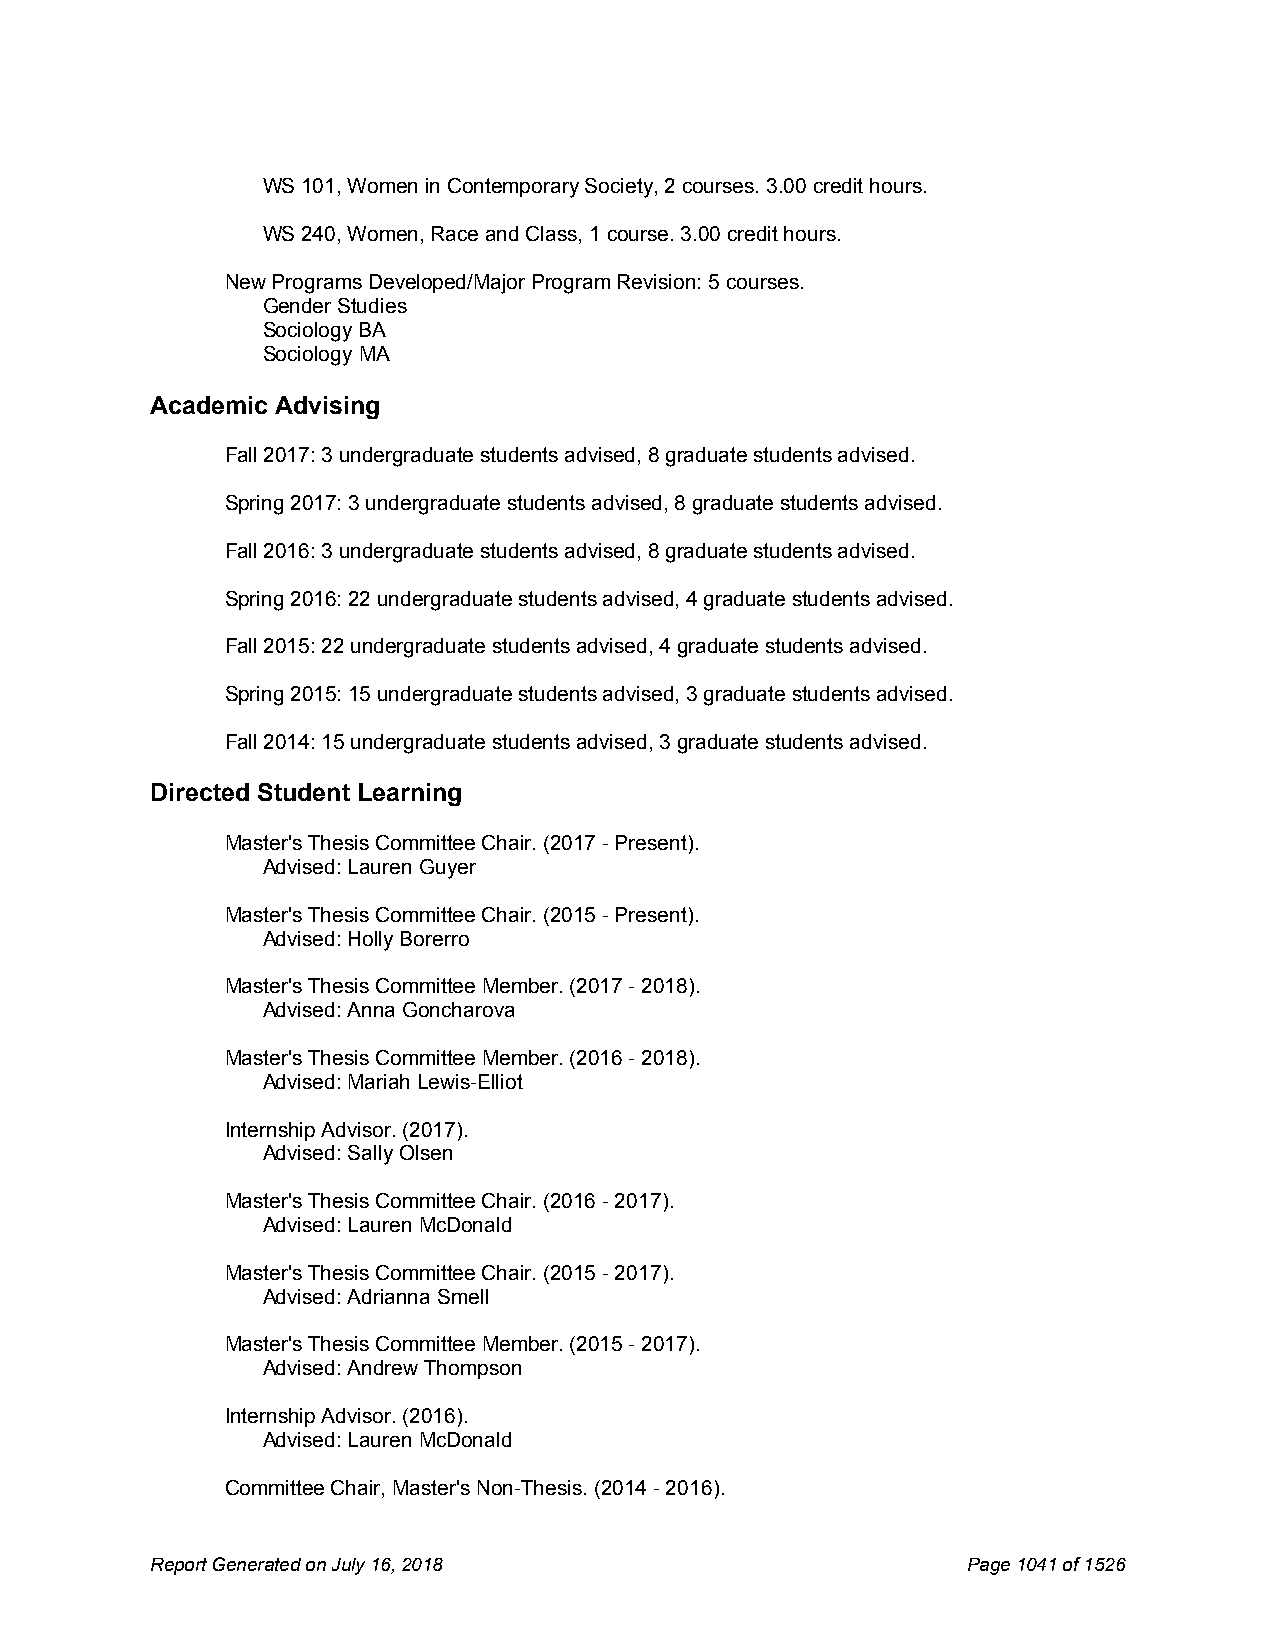
WS 101, Women in Contemporary Society, 2 courses. 3.00 credit hours.
 WS 240, Women, Race and Class, 1 course. 3.00 credit hours.
 New Programs Developed/Major Program Revision: 5 courses.
 Gender Studies
 Sociology BA
 Sociology MA
 Academic Advising
 Fall 2017: 3 undergraduate students advised, 8 graduate students advised.
 Spring 2017: 3 undergraduate students advised, 8 graduate students advised.
 Fall 2016: 3 undergraduate students advised, 8 graduate students advised.
 Spring 2016: 22 undergraduate students advised, 4 graduate students advised.
 Fall 2015: 22 undergraduate students advised, 4 graduate students advised.
 Spring 2015: 15 undergraduate students advised, 3 graduate students advised.
 Fall 2014: 15 undergraduate students advised, 3 graduate students advised.
 Directed Student Learning
 Master's Thesis Committee Chair. (2017 - Present).
 Advised: Lauren Guyer
 Master's Thesis Committee Chair. (2015 - Present).
 Advised: Holly Borerro
 Master's Thesis Committee Member. (2017 - 2018).
 Advised: Anna Goncharova
 Master's Thesis Committee Member. (2016 - 2018).
 Advised: Mariah Lewis-Elliot
 Internship Advisor. (2017).
 Advised: Sally Olsen
 Master's Thesis Committee Chair. (2016 - 2017).
 Advised: Lauren McDonald
 Master's Thesis Committee Chair. (2015 - 2017).
 Advised: Adrianna Smell
 Master's Thesis Committee Member. (2015 - 2017).
 Advised: Andrew Thompson
 Internship Advisor. (2016).
 Advised: Lauren McDonald
 Committee Chair, Master's Non-Thesis. (2014 - 2016).
 Report Generated on July 16, 2018                     Page1041 of1526